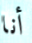
أنا